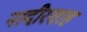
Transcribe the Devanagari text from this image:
नादीरशाह